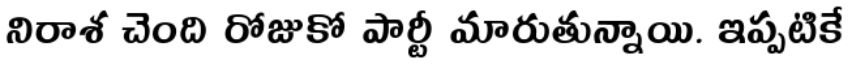
నిరాశ చెంది రోజుకో పార్టీ మారుతున్నాయి. ఇప్పటికే